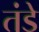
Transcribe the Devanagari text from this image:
तंडे